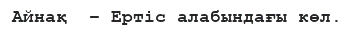
Айнақ  – Ертіс алабындағы көл.